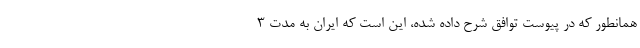
همانطور که در پیوست توافق شرح داده شده، این است که ایران به مدت ۳